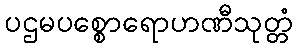
ပဌမပစ္စောရောဟဏီသုတ္တံ